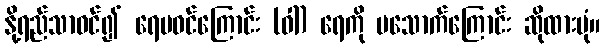
နို့ရည်သာဝင်၍ ရေမဝင်ကြောင်း (ဝါ) ရေကို မသောက်ကြောင်း ဆိုထားပုံ။